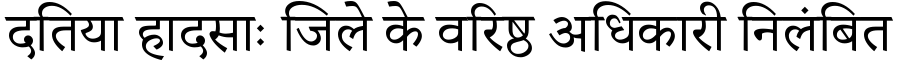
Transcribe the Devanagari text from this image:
दतिया हादसाः जिले के वरिष्ठ अधिकारी निलंबित